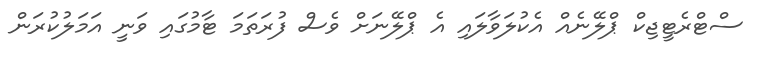
ސްޓްރެޓީޖިކް ޕްލޭނެއް އެކުލަވާލައި އެ ޕްލޭނަށް ވެސް ފުރަތަމަ ޓާމުގައި ވަނީ އަމަލުކުރަން